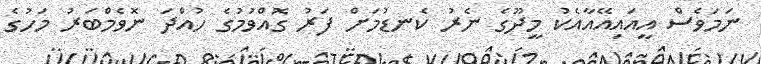
ނަމަވެސް އީއައިއޭއާއެކު މީދޫގެ ނެރު ކެނޑުމަށް ފަރު ގޮއްވުމުގެ ހުއްދަ ނޮވެމްބަރު މަހުގެ